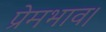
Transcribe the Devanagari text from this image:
प्रेमभाव।